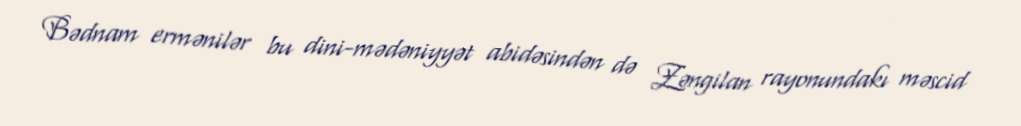
Bədnam ermənilər bu dini-mədəniyyət abidəsindən də Zəngilan rayonundakı məscid